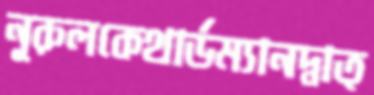
নূরুলকেথার্ডম্যানদ্বাত্